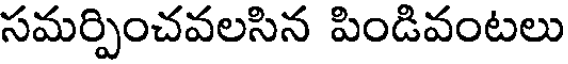
సమర్పించవలసిన పిండివంటలు